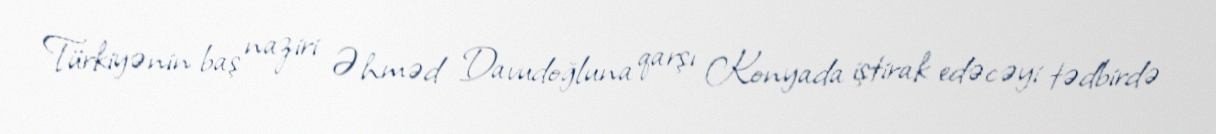
Türkiyənin baş naziri Əhməd Davudoğluna qarşı Konyada iştirak edəcəyi tədbirdə